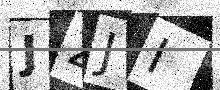
Text: JZJI